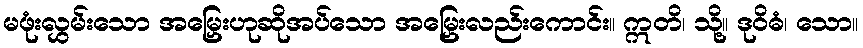
မဖုံးလွှမ်းသော အမြှေးဟုဆိုအပ်သော အမြှေးလည်းကောင်း။ ဣတိ၊ သို့။ ဒုဝိဓံ၊ သော။